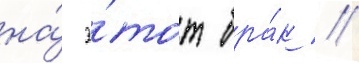
на́ э́тот бра́к //